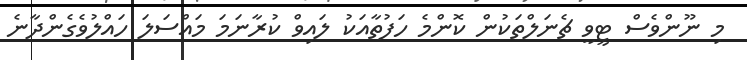
މި ނޫންވެސް ޓީވީ ޗެނަލްތަކުން ކޮންމެ ހަފުތާއަކު ލައިވް ކުރާނަމަ މައްސަލަ ހައްލުވެގެންދާނެ